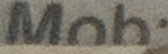
Mob.